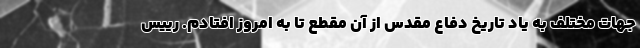
جهات مختلف به یاد تاریخ دفاع مقدس از آن مقطع تا به امروز افتادم. رییس